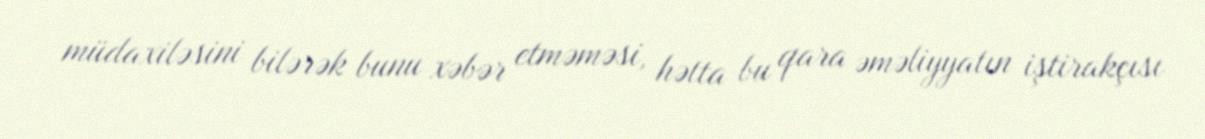
müdaxiləsini bilərək bunu xəbər etməməsi, hətta bu qara əməliyyatın iştirakçısı